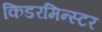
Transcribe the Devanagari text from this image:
किडरमिन्स्टर